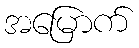
အမြောက်